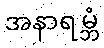
အနာရမ္ဘံ